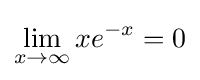
\lim _{x\to \infty }xe^{-x}=0